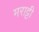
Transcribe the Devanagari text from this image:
मराट्टी